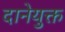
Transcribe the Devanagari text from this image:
दानेयुक्त